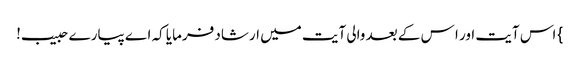
} اس آیت اور ا س کے بعد والی آیت میں ارشاد فرمایا کہ اے پیارے حبیب!